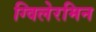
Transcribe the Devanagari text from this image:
ग्विलेरमिन